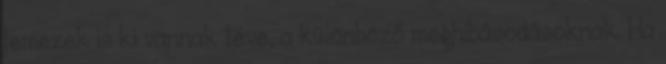
lemezek is ki vannak téve, a különböző meghibásodásoknak. Ha